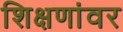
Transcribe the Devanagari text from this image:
शिक्षणांवर